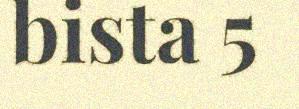
bista 5